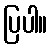
ပြပါ။